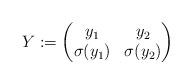
LaTeX: \begin{align*} Y:=\begin{pmatrix} y_1 & y_2 \\ \sigma(y_1) & \sigma(y_2)\end{pmatrix}\end{align*}